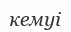
кемуі